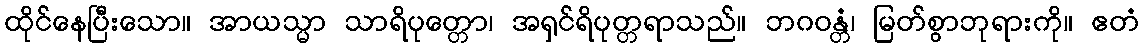
ထိုင်နေပြီးသော။ အာယသ္မာ သာရိပုတ္တော၊ အရှင်ရိပုတ္တရာသည်။ ဘဂဝန္တံ၊ မြတ်စွာဘုရားကို။ ဧတံ